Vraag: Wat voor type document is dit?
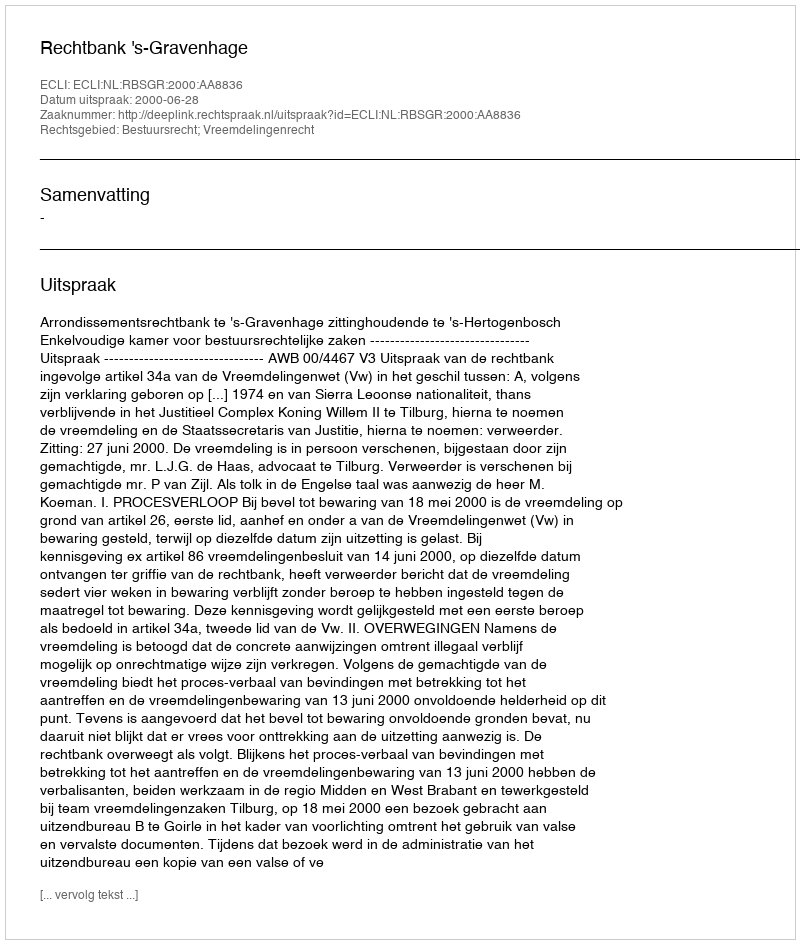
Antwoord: Uitspraak